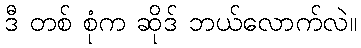
ဒီ တစ် စုံက ဆိုဒ် ဘယ်လောက်လဲ။